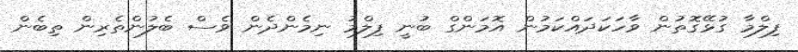
ފިލްމާ ގުޅޭގޮތުން ވާހަކަދައްކަމުން އޮމަންގް ބުނީ ފިލްމު ނިމެންދެން ވެސް ބެލުންތެރިން ތިބެން